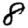
Digit: 8